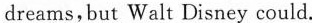
dreams,but Walt Disney could.